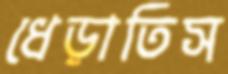
ধেড়াতিস